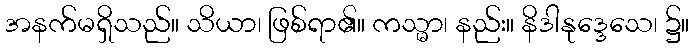
အနက်မရှိသည်။ သိယာ၊ ဖြစ်ရာ၏။ ကသ္မာ၊ နည်း။ နိဒါနုဒ္ဒေသေ၊ ၌။